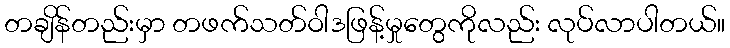
တချိန်တည်းမှာ တဖက်သတ်ဝါဒဖြန့်မှုတွေကိုလည်း လုပ်လာပါတယ်။